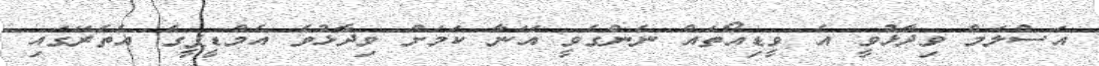
އަސްލަމް ވިދާޅުވީ އެ ވީޑިއޯތައް ނެންގެވީ އޭނާ ކަމަށް ވިދާޅުވެ އެމްޑީޕީގެ އެތެރޭގައި